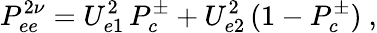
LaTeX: P_{ee}^{2\nu}=U_{e1}^{2}\, P_{c}^{\pm}+U_{e2}^{2}\, (1-P_{c}^{\pm})\ ,